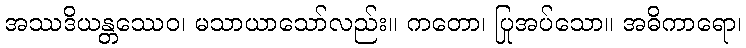
အဿဒိယန္တဿေဝ၊ မသာယာသော်လည်း။ ကတော၊ ပြုအပ်သော။ အဓိကာရော၊